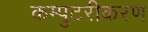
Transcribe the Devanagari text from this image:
कम्पुटरीकरण